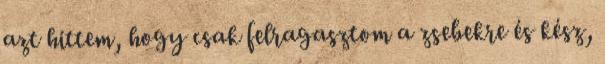
azt hittem, hogy csak felragasztom a zsebekre és kész,